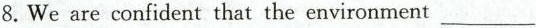
8. We are confident that the environment___